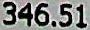
346.51